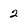
Character: 2